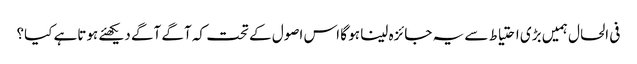
فی الحال ہمیں بڑی احتیاط سے یہ جائزہ لینا ہو گا اس اصول کے تحت کہ آگے آگے دیکھئے ہوتاہے کیا؟